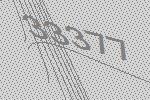
33377